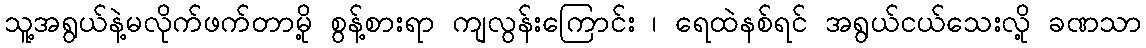
သူ့အရွယ်နဲ့မလိုက်ဖက်တာမို့ စွန့်စားရာ ကျလွန်းကြောင်း ၊ ရေထဲနစ်ရင် အရွယ်ငယ်သေးလို့ ခဏသာ